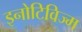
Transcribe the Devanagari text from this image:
इनोटिविज्म